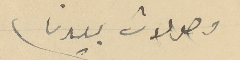
وصولات بيدنا.